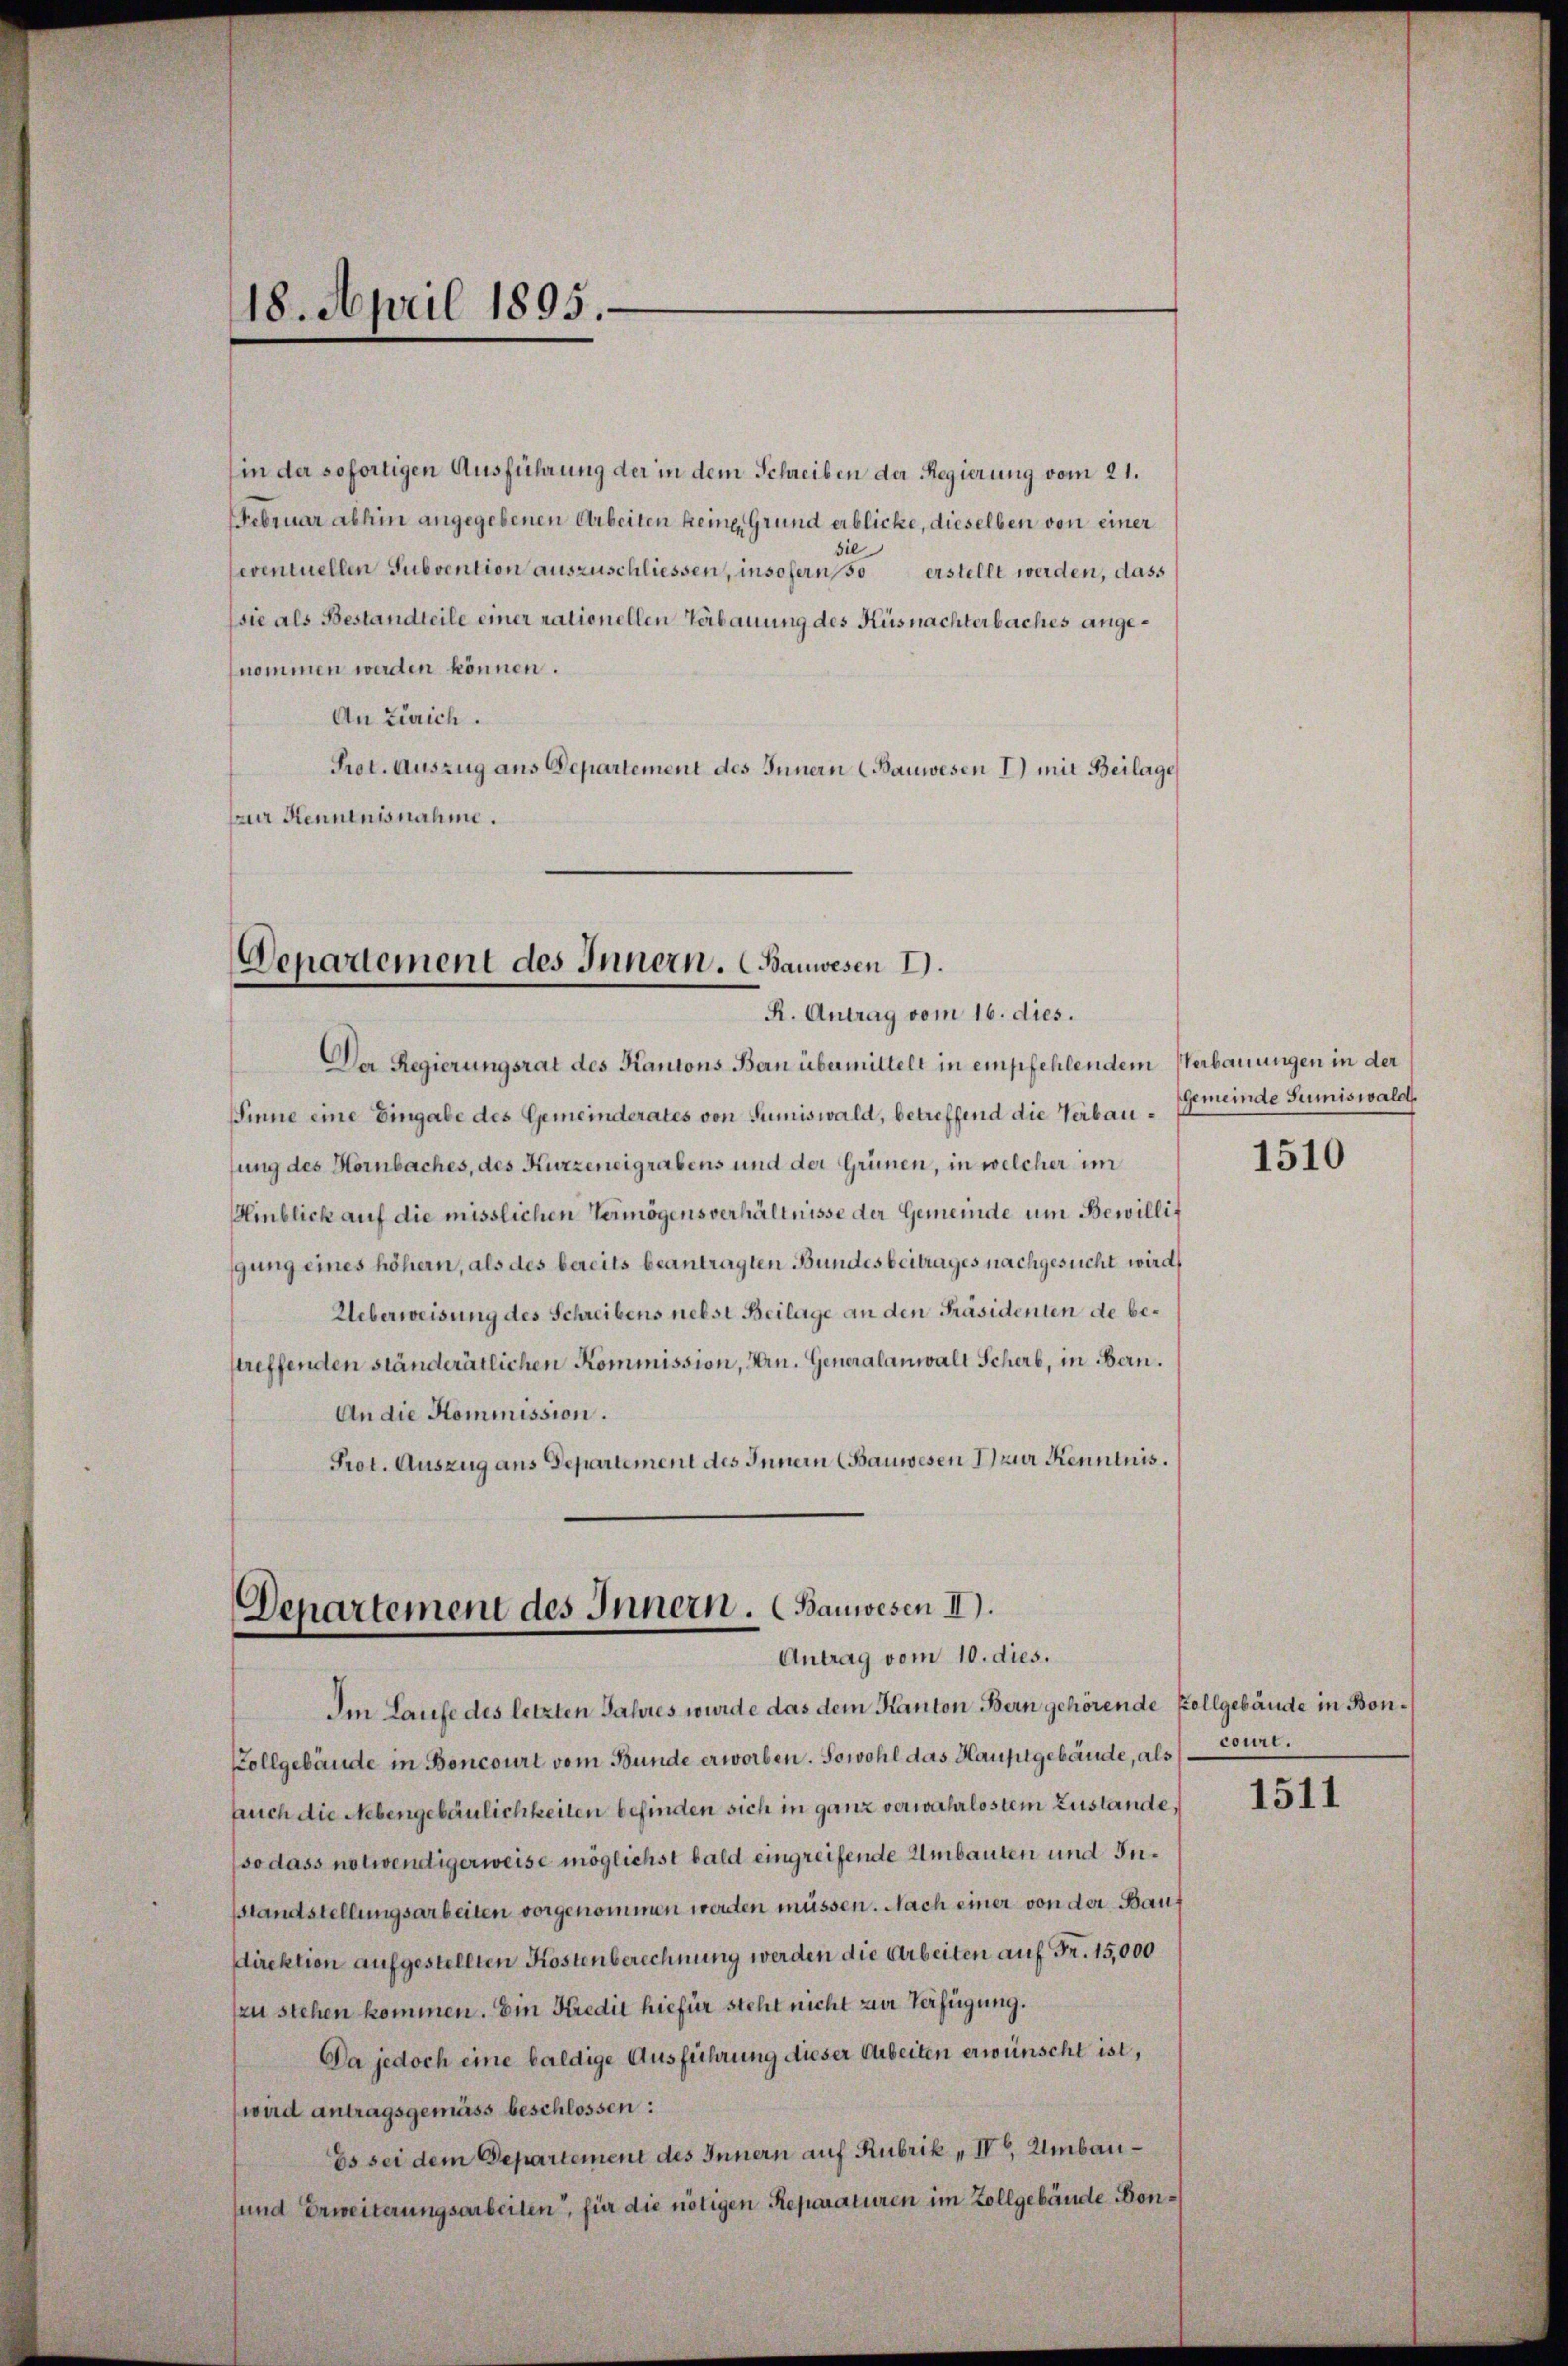
in der sofortigen Ausführung der in dem Schreiben der Regierung vom 21.
Februar abhin angegebenen Arbeiten keine Grund erblicke, dieselben von einer
sie
seventuellen Subvention auszuschliessen, insofern, so erstellt werden, dass
sie als Bestandteile einer nationellen Verbauung des Küsnachterbaches angenommen werden können.
An Zürich.
Prot. Auszug aus Departement des Innern (Bauwesen I.) mit Beilage
zur Kenntnisnahme.

18. April 1895.

Departement des Innern. (Bauwesen I.
R. Antrag vom 16. dies.

Der Regierungsrat des Kantons Bern übermittelt in empfehlendem Verbauungen in der
Sinne eine Eingabe des Gemeinderates von Sumiswald, betreffend die Verbauung des Hornbaches, des Kurzeneigrabens und der Grünen, in welcher im
Hinblich auf die misslichen Vermögensverhältnisse der Gemeinde um Bewillif
gung eines höhern, als des bereits beantragten Bundesbeitrages nachgesucht wird,
Ueberweisung des Schreibens nebst Beilage an den Präsidenten de bestreffenden ständerätlichen Kommission, Hrn. Generalanwalt Scherb, in Bern.
An die Kommission.
Prot. Auszug aus Departement des Innern (Bauwesen zur Kenntnis.

Departement des Innern. (Bauwesen II).
Antrag vom 10. dies.

Im Laufe des letzten Jahres wurde das dem Kanton Bern gehörende Zollgebäude in Bon¬
Kollgebäude in Boncourt vom Bunde erworben. Sowohl das Hauptgebäude, als Court.
Auch die Nebengebäulichkeiten befinden sich in ganz verwahrlostem Zustande,
so dass notwendigerweise möglichst bald eingreifende Umbauten und Insstandstellungsarbeiten vorgenommen werden müssen. Nach einer von der Bausdirektion aufgestellten Kostenberechnung werden die Arbeiten auf Fr. 15,000
zu stehen kommen. Ein Kredit hiefür steht nicht zur Verfügung.
Da jedoch eine baldige Ausführung dieser Arbeiten erwünscht ist,
wird antragsgemäss beschlossen:
Es sei dem Departement des Innern auf Rubrik „ IV, Umbausund Erweiterungsarbeiten, für die nötigen Reparaturen im Zollgebäude Bon¬

Gemeinde Sumiswald

1510

1511